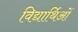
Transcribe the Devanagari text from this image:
विद्यार्थिओं